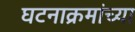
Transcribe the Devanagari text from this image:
घटनाक्रमांच्या